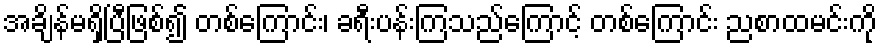
အချိန်မရှိပြီဖြစ်၍ တစ်ကြောင်း၊ ခရီးပန်းကြသည်ကြောင့် တစ်ကြောင်း ညစာထမင်းကို